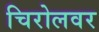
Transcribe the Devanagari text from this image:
चिरोलवर